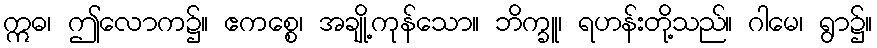
ဣဓ၊ ဤလောက၌။ ဧကစ္စေ၊ အချို့ကုန်သော။ ဘိက္ခူ၊ ရဟန်းတို့သည်။ ဂါမေ၊ ရွာ၌။